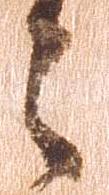
々